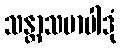
သန္တာသမာပါဒုံ